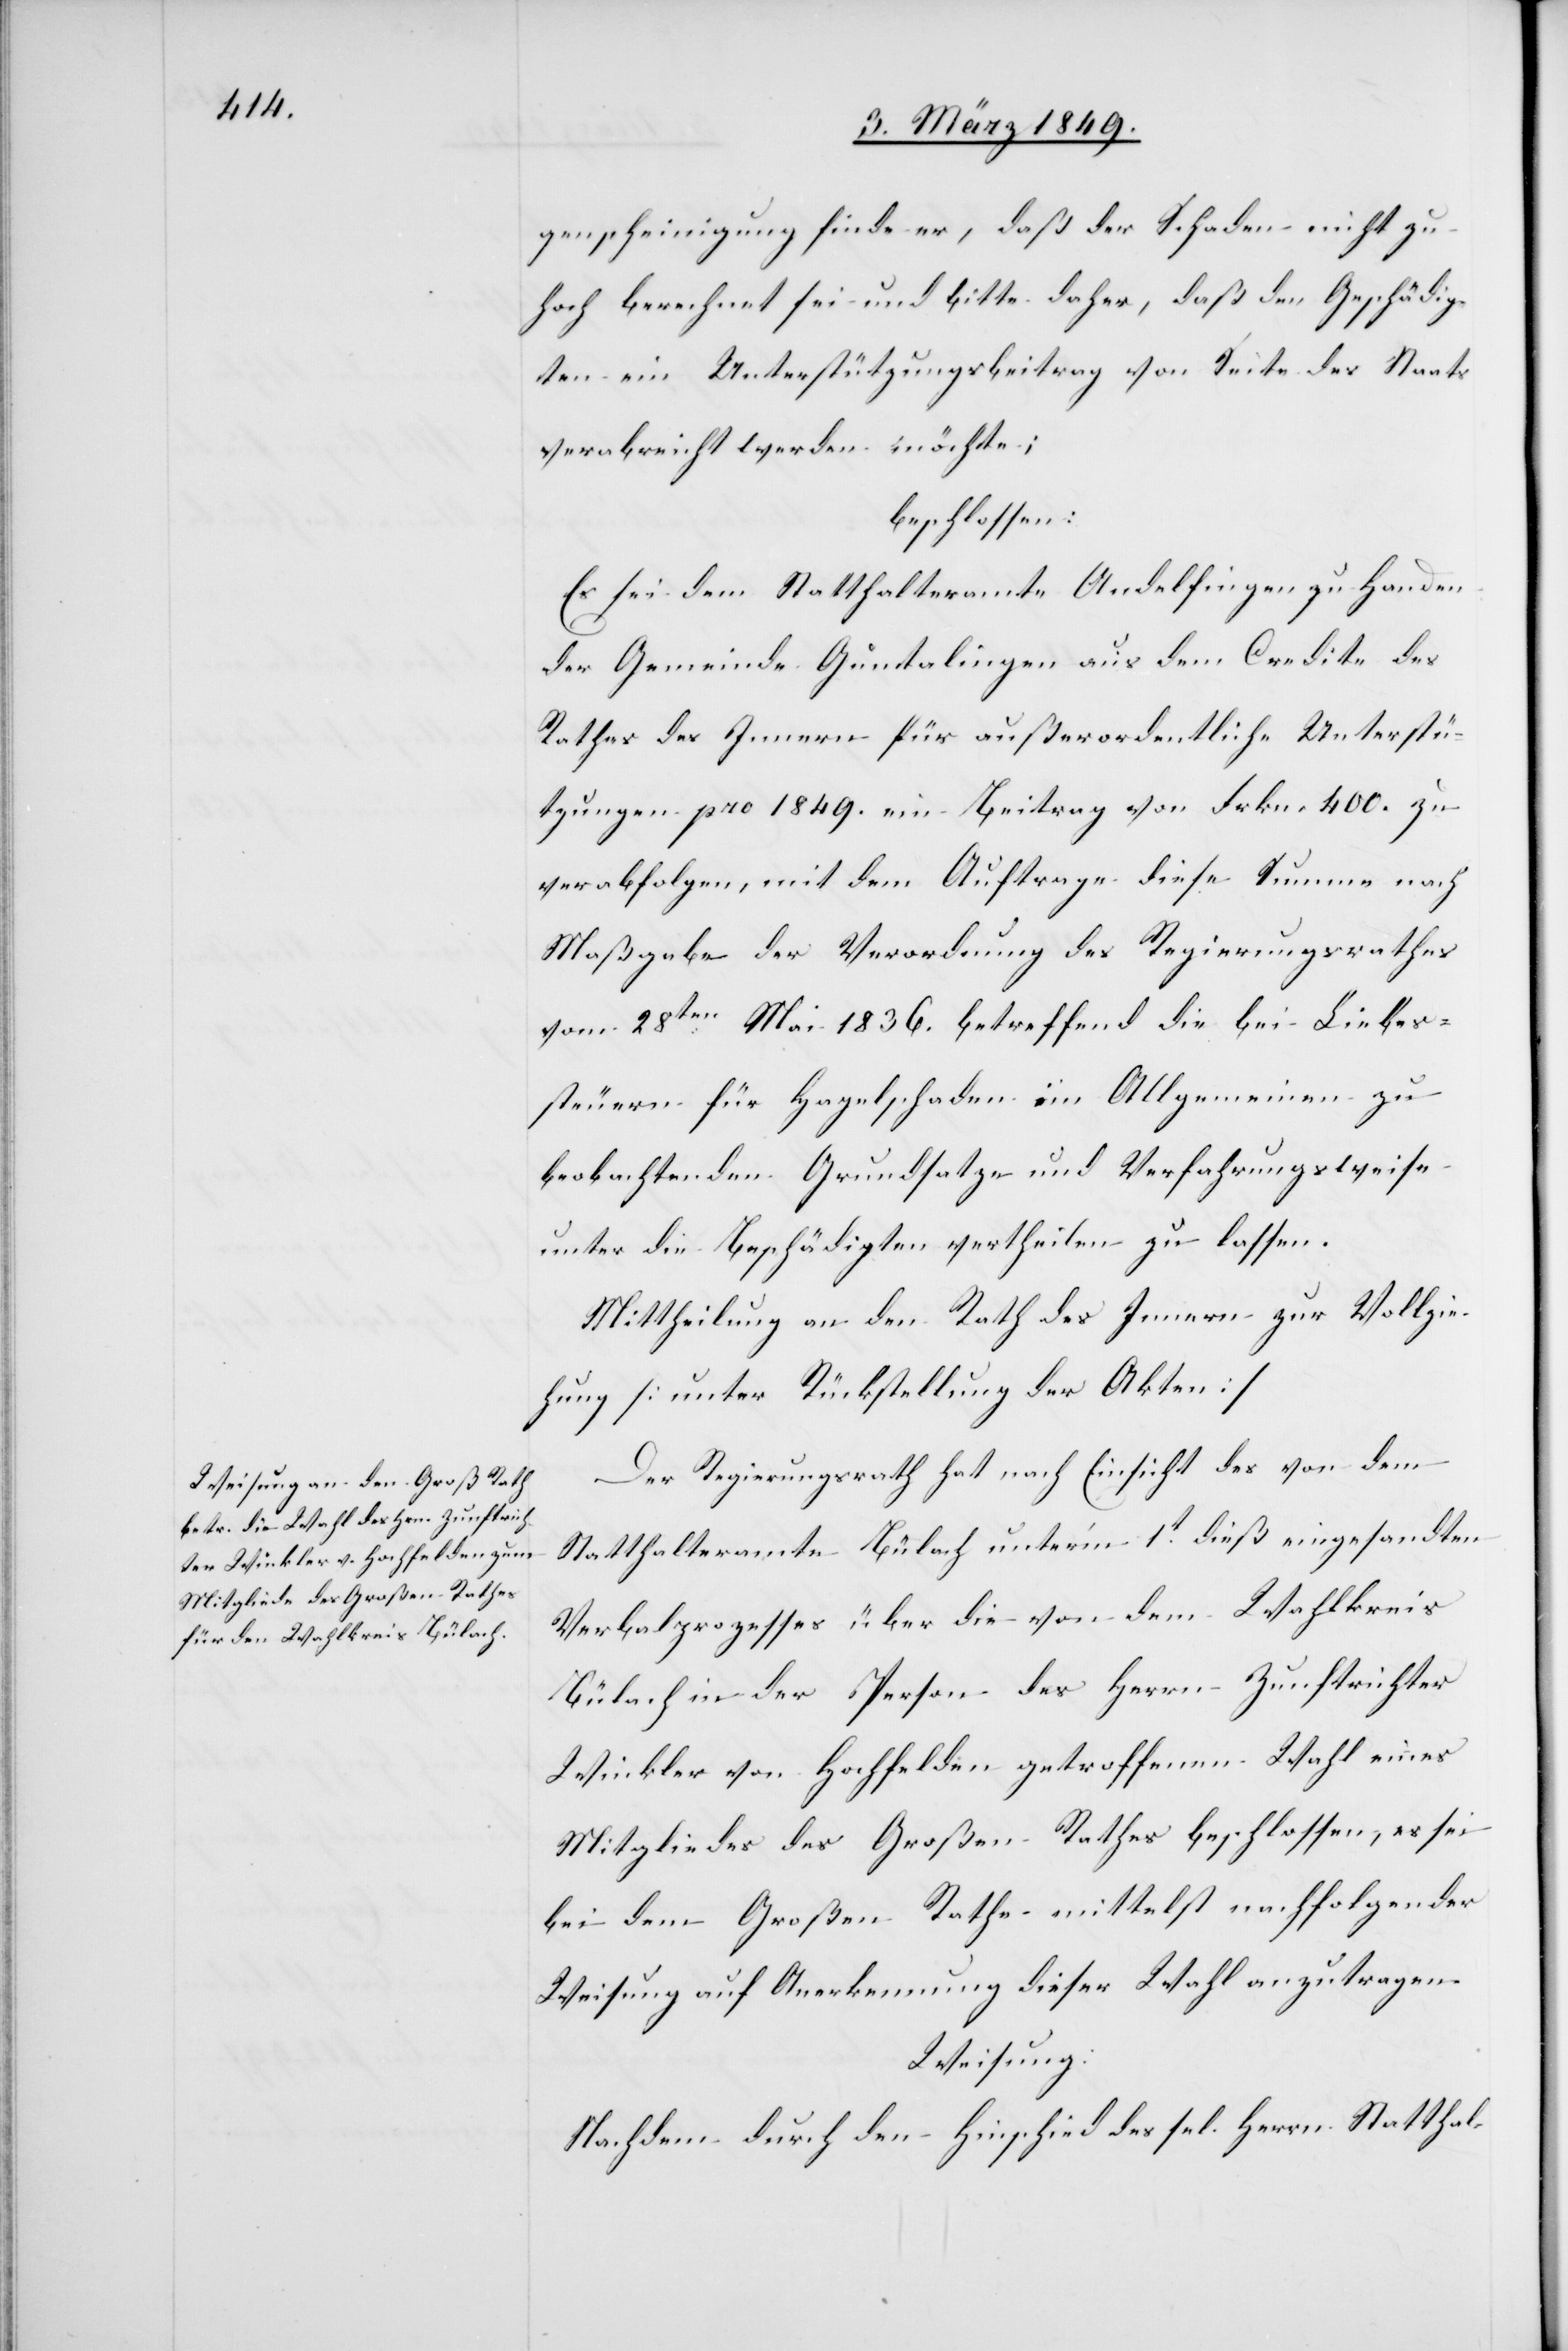
genscheinigung finde er, daß der Schaden nicht zu
hoch berechnet sei und bitte daher, daß den Geschädig¬
ten ein Unterstützungsbeitrag von Seite des Staats
verabreicht werden möchte;
beschlossen:
Es sei dem Statthalteramt Andelfingen zu Handen
der Gemeinde Guntalingen aus dem Credite des
Rathes des Innern für außerordentliche Unterstü¬
tzungen pro 1849. ein Beitrag von Frkn. 400. zu
verabfolgen, mit dem Auftrage diese Summe nach
Maßgabe der Verordnung des Regierungsrathes
vom 28ten. Mai 1836. betreffend die bei Liebes¬
steuern für Hagelschaden im Allgemeinen zu
beobachtenden Grundsatze und Verfahrungsweise
unter die Beschädigten vertheilen zu lassen.
Mittheilung an den Rath des Innern zur Vollzie¬
hung [unter Rückstellung der Akten]
Der Regierungsrath hat nach Einsicht des von dem
Statthalteramte Bülach u'nterm 1t. dieß eingesandten
Verbalprozesses über die von dem Wahlkreis
Bülach in der Person des Herrn Zunftrichter
Winkler von Hochfelden getroffenen Wahl eines
Mitgliedes des Großen Rathes beschlossen, es sei
bei dem Großen Rathe mittelst nachfolgender
Weisung auf Anerkennung dieser Wahl anzutragen.
Weisung:
Nachdem durch den Hinschied des sel. Herrn Statthal-